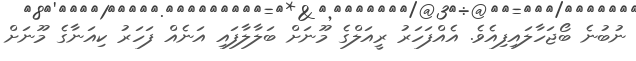
ނުބުނެ ބޯޖަހާލައިފިއެވެ. އެއްފަހަރު ރީއަލްގެ މޫނަށް ބަލާލާފައި އަނެއް ފަހަރު ކިއަނާގެ މޫނަށް